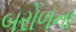
બરોળના